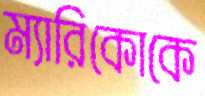
ম্যারিকোকে